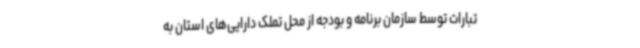
تبارات توسط سازمان برنامه و بودجه از محل تملک دارایی‌های استان به